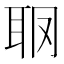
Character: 𦕋